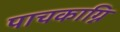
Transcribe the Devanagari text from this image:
पाचकाग्नि